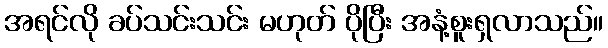
အရင်လို ခပ်သင်းသင်း မဟုတ် ပိုပြီး အနံ့စူးရှလာသည်။